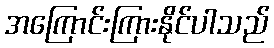
အကြောင်းကြားနိုင်ပါသည်